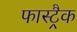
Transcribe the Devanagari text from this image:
फास्ट्रैक